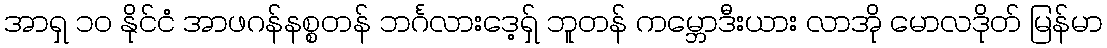
အာရှ ၁၀ နိုင်ငံ အာဖဂန်နစ္စတန် ဘင်္ဂလားဒေ့ရှ် ဘူတန် ကမ္ဘောဒီးယား လာအို မောလဒိုတ် မြန်မာ